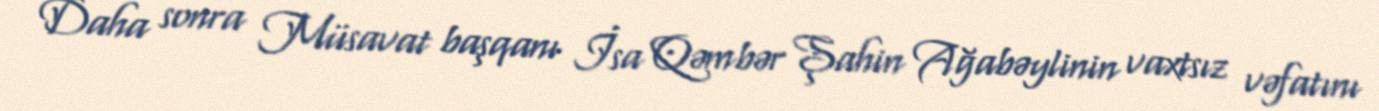
Daha sonra Müsavat başqanı İsa Qəmbər Şahin Ağabəylinin vaxtsız vəfatını